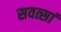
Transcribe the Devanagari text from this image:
सवत्सां